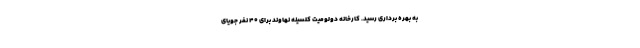
به بهره برداری رسید. کارخانه دولومیت کلسینه نهاوند برای ۴۰ نفر جویای